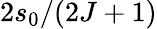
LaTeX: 2s_{0}/(2J+1)